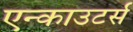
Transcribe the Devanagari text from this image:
एन्काउटर्स